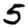
Digit: 5